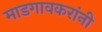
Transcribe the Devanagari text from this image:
माडगावकरांनी